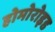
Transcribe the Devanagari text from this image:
होमोरोइड